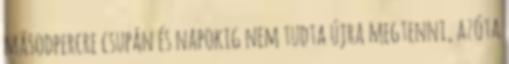
másodpercre csupán és napokig nem tudta újra megtenni, azóta